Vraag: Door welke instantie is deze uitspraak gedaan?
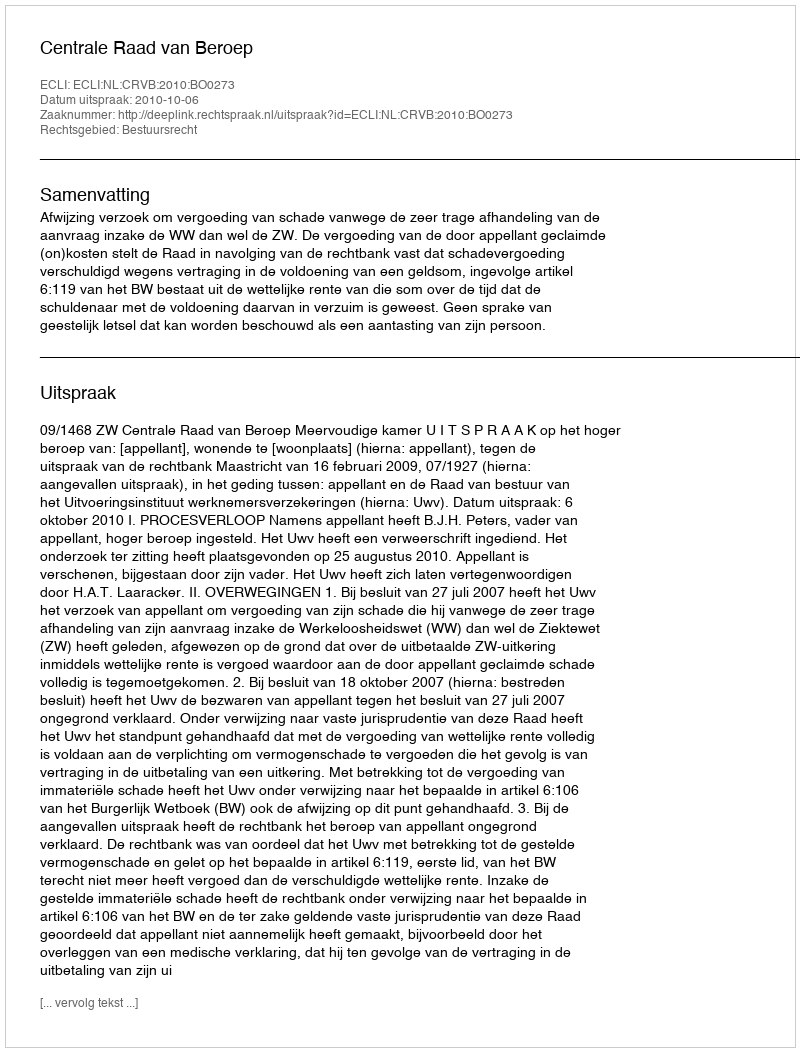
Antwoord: Centrale Raad van Beroep